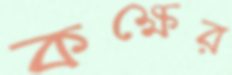
কক্ষের